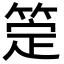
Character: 𬕖